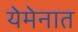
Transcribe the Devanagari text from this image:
येमेनात